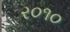
ર૦૧૦